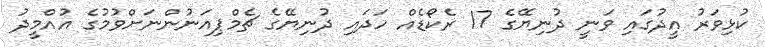
ކުޅިވަރު އީދުގައި ވަނީ ދުނިޔޭގެ 17 ރެކޯޑެއް ހަދައި ދުނިޔޭގެ ޗެމްޕިއަނުންނަށްވުމުގެ އުއްމީދު